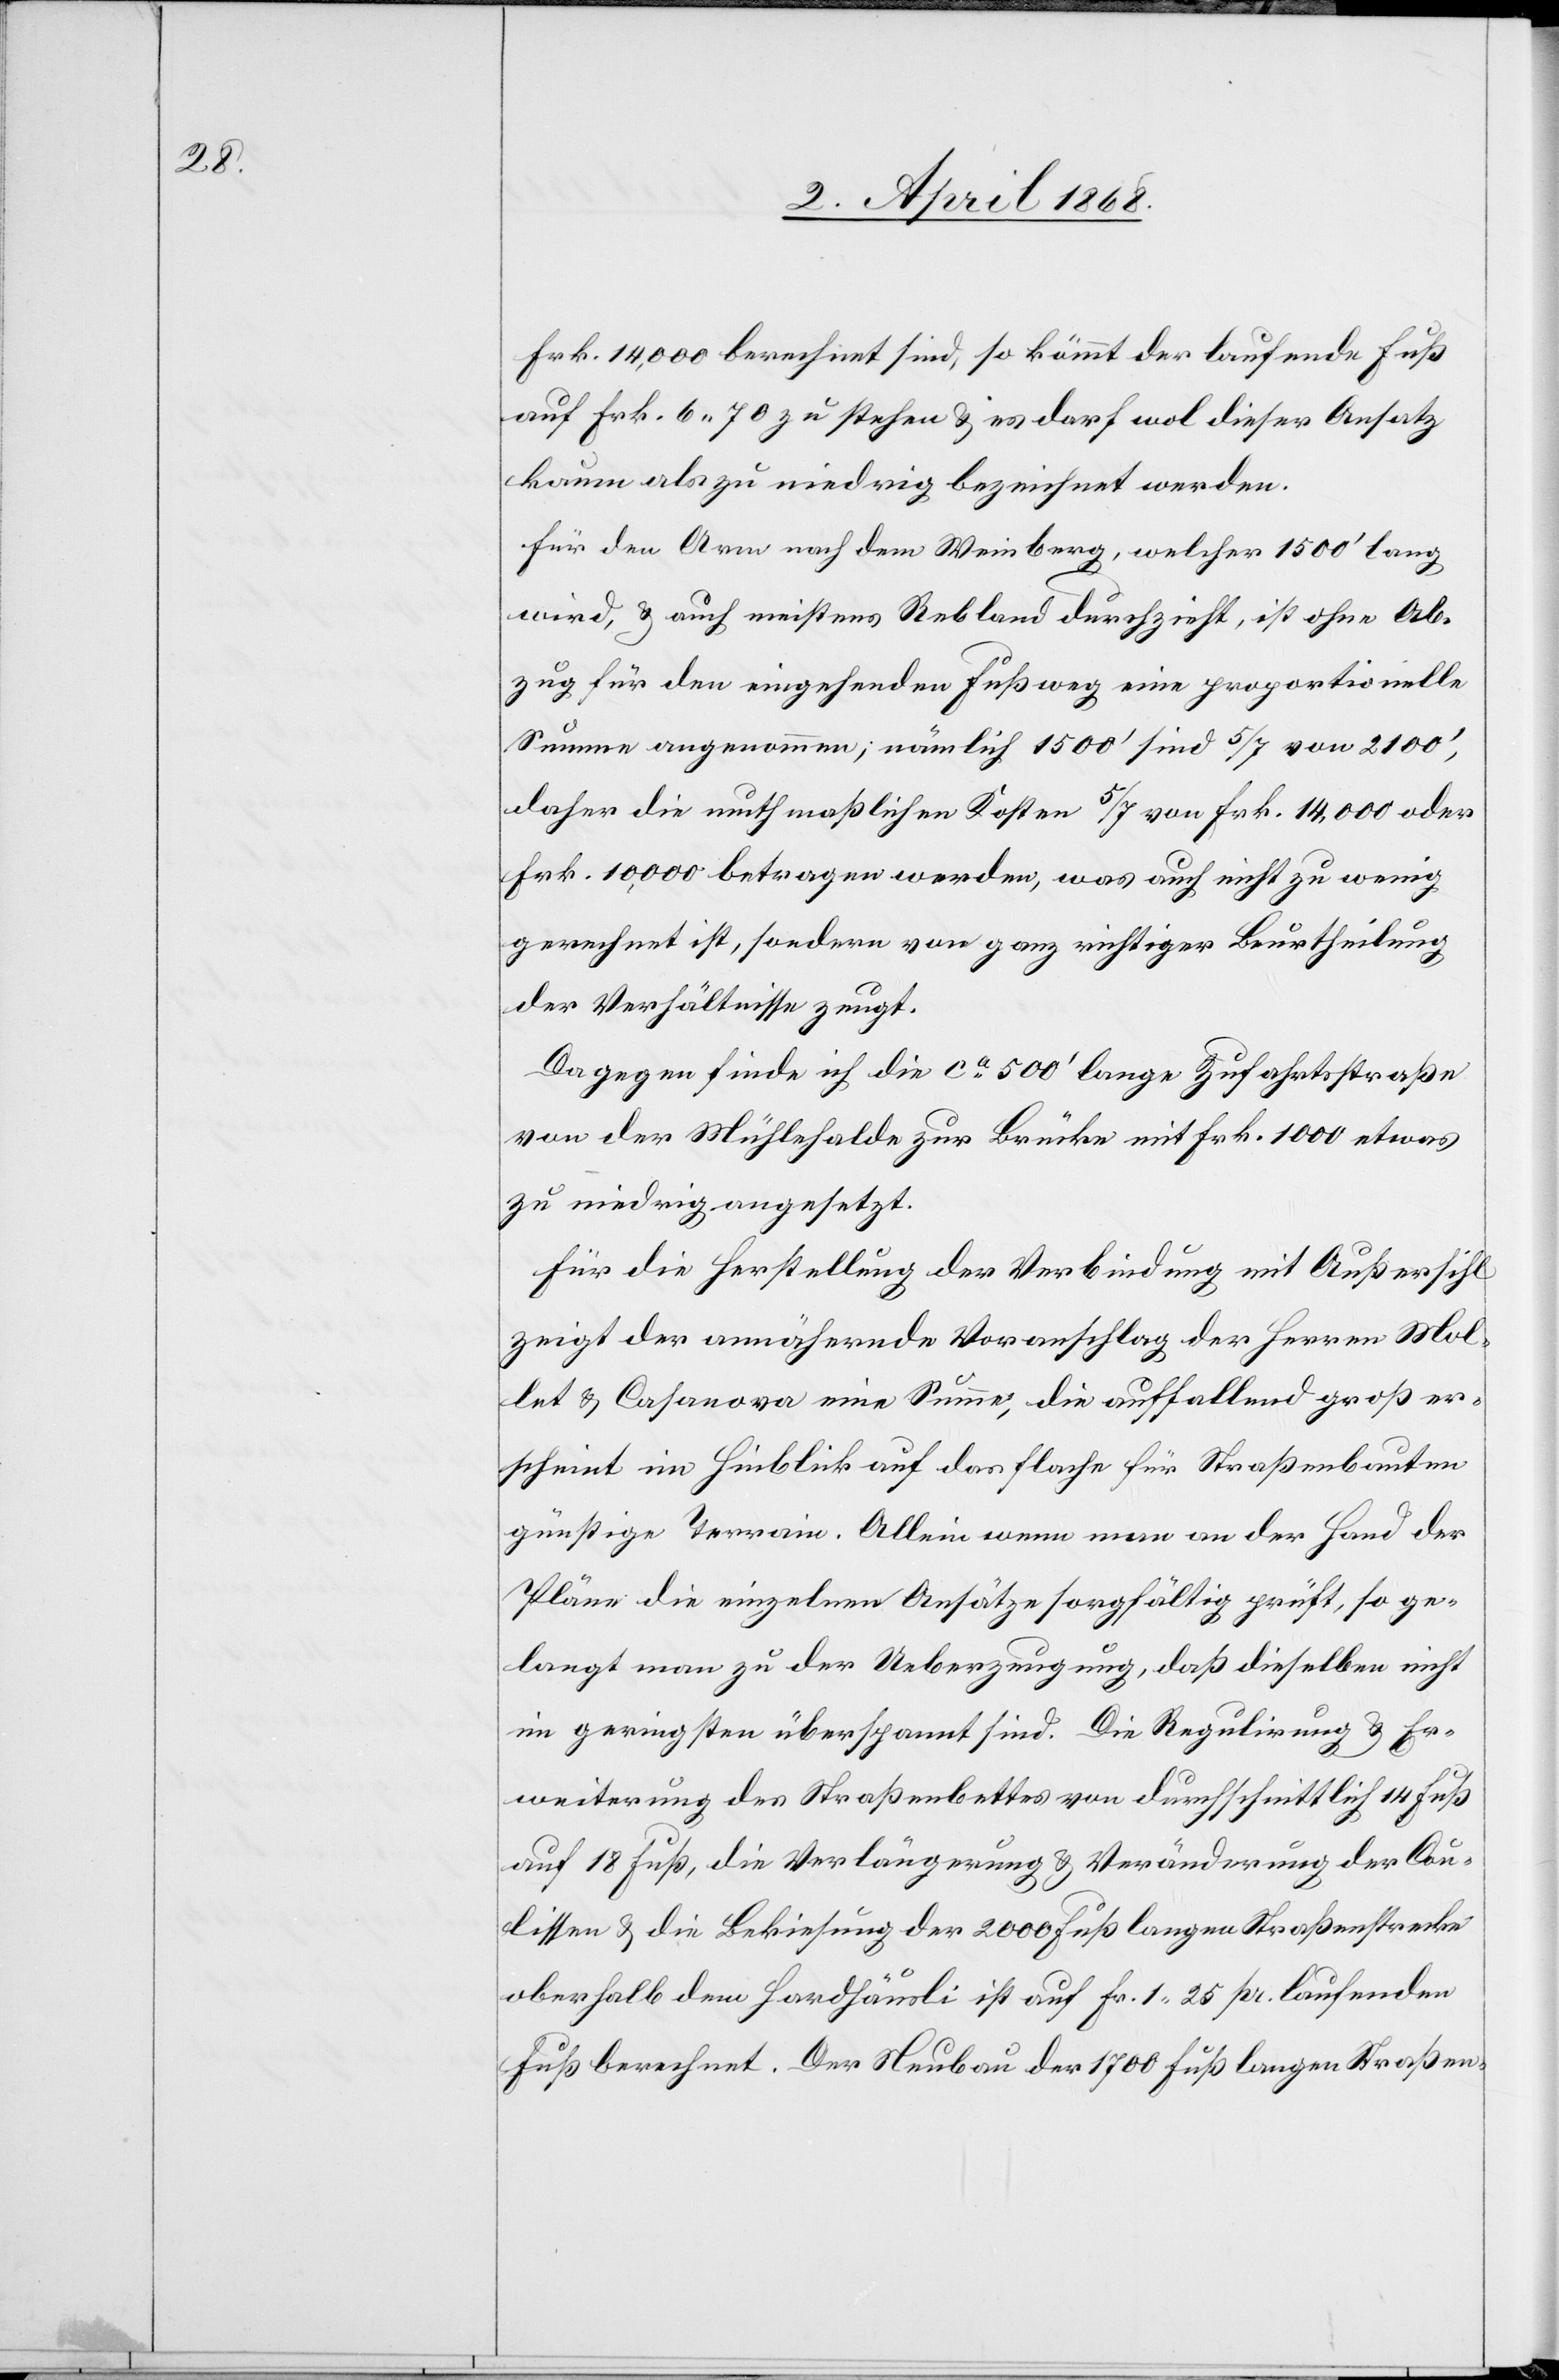
Frk. 14,000 berechnet sind, so kömmt der laufende Fuß
auf Frk. 6. 70 zu stehen & es darf wol dieser Ansatz
kaum als zu niedrig bezeichnet werden.
Für den Arm nach dem Weinberg, welcher 1500‘ lang
wird, & auch meistens Rebland durchzieht, ist ohne Ab¬
zug für den eingehenden Fußweg eine proportionelle
Summe angenommen; nämlich 1500‘ sind 5/7 von 2100‘,
daher die muthmaßlichen Kosten 5/7 von Frk. 14,000 oder
Frk. 10,000 betragen werden, was auch nicht zu wenig
gerechnet ist, sondern von ganz richtiger Beurtheilung
der Verhältnisse zeugt.
Dagegen finde ich die ca. 500‘ lange Zufahrtsstraße
von der Mühlehalde zur Brücke mit Frk. 1000 etwas
zu niedrig angesetzt.
Für die Herstellung der Verbindung mit Außersihl
zeigt der annähernde Voranschlag der Herren Mol¬
let & Casanova eine Summe, die auffallend groß er¬
scheint im Hinblick auf das flache für Straßenbauten
günstige Terrain. Allein wenn man an der Hand der
Pläne die einzelnen Ansätze sorgfältig prüft, so ge¬
langt man zu der Ueberzeugung, daß dieselben nicht
im geringsten überspannt sind. Die Regulirung & Er¬
weiterung des Straßenbettes von durchschnittlich 14 Fuß
auf 18 Fuß, die Verlängerung & Veränderung der Cou¬
lissen & die Bekiesung der 2000 Fuß langen Straßenstrecke
oberhalb dem Hardhäusli ist auf Fr. 1. 25 pr. laufenden
Fuß berechnet. Der Neubau der 1700 Fuß langen Straßen-